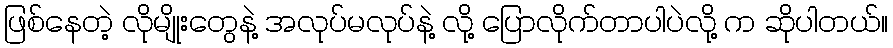
ဖြစ်နေတဲ့ လိုမျိုးတွေနဲ့ အလုပ်မလုပ်နဲ့ လို့ ပြောလိုက်တာပါပဲလို့ က ဆိုပါတယ်။